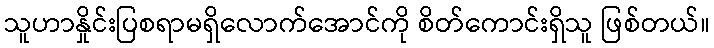
သူဟာနှိုင်းပြစရာမရှိလောက်အောင်ကို စိတ်ကောင်းရှိသူ ဖြစ်တယ်။